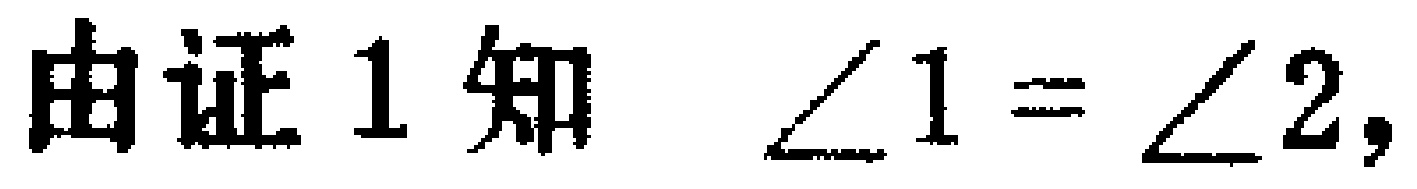
由证1知 $\angle 1 = \angle 2,$